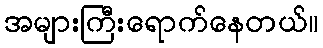
အများကြီးရောက်နေတယ်။